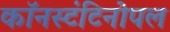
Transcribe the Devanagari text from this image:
कॉनस्टंटिनोपल